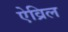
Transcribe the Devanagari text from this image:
ऐव्रिल